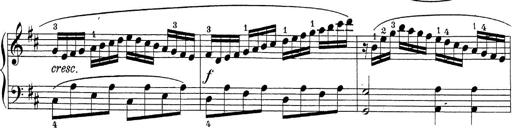
Title: Sonatina Album
Composer: Louis KÃ¶hler